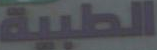
الطبية